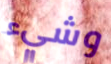
وشيء